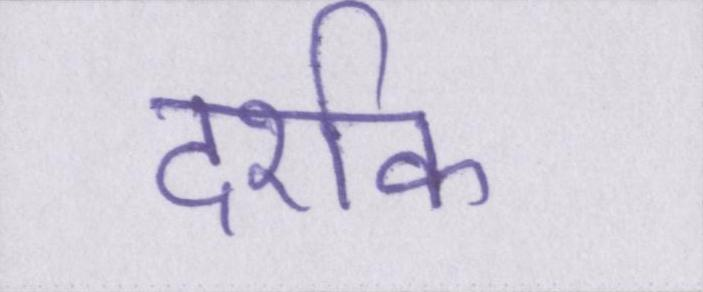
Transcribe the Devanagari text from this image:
दर्शक